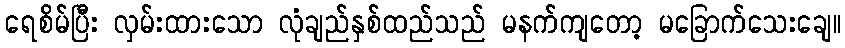
ရေစိမ်ပြီး လှမ်းထားသော လုံချည်နှစ်ထည်သည် မနက်ကျတော့ မခြောက်သေးချေ။